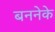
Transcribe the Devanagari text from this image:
बननेके